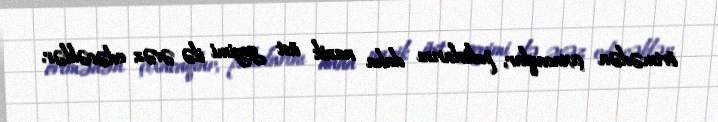
örtmədən çıxacaqlar, paltolarını daha nazik üst geyimi ilə əvəz edəcəklər.